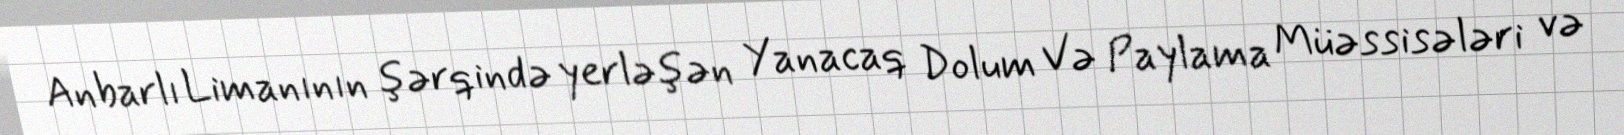
Anbarlı Limanının şərqində yerləşən Yanacaq Dolum Və Paylama Müəssisələri və